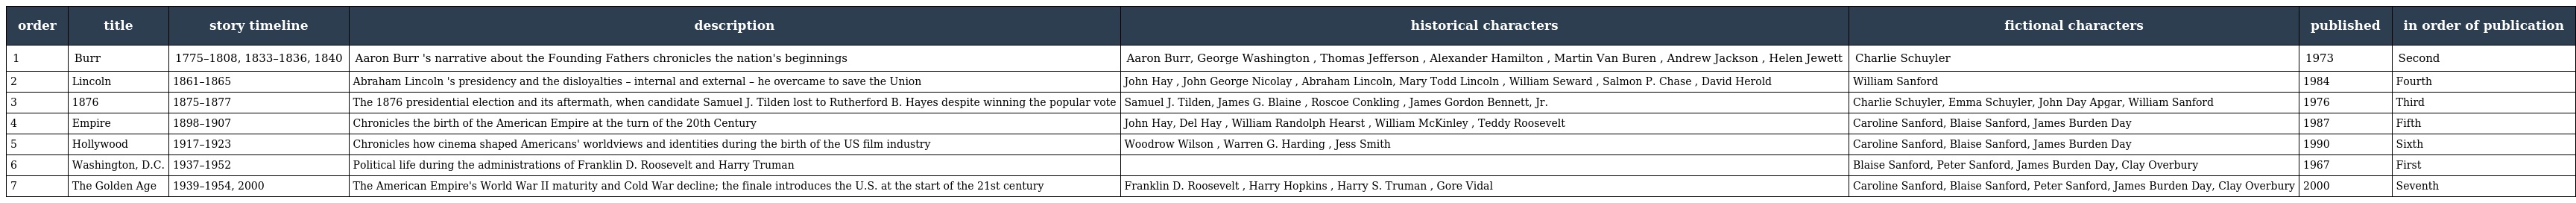
| order | title | story timeline | description | historical characters | fictional characters | published | in order of publication |
 | --- | --- | --- | --- | --- | --- | --- | --- |
 | 1 | Burr | 1775–1808, 1833–1836, 1840 | Aaron Burr 's narrative about the Founding Fathers chronicles the nation's beginnings | Aaron Burr, George Washington , Thomas Jefferson , Alexander Hamilton , Martin Van Buren , Andrew Jackson , Helen Jewett | Charlie Schuyler | 1973 | Second |
 | 2 | Lincoln | 1861–1865 | Abraham Lincoln 's presidency and the disloyalties – internal and external – he overcame to save the Union | John Hay , John George Nicolay , Abraham Lincoln, Mary Todd Lincoln , William Seward , Salmon P. Chase , David Herold | William Sanford | 1984 | Fourth |
 | 3 | 1876 | 1875–1877 | The 1876 presidential election and its aftermath, when candidate Samuel J. Tilden lost to Rutherford B. Hayes despite winning the popular vote | Samuel J. Tilden, James G. Blaine , Roscoe Conkling , James Gordon Bennett, Jr. | Charlie Schuyler, Emma Schuyler, John Day Apgar, William Sanford | 1976 | Third |
 | 4 | Empire | 1898–1907 | Chronicles the birth of the American Empire at the turn of the 20th Century | John Hay, Del Hay , William Randolph Hearst , William McKinley , Teddy Roosevelt | Caroline Sanford, Blaise Sanford, James Burden Day | 1987 | Fifth |
 | 5 | Hollywood | 1917–1923 | Chronicles how cinema shaped Americans' worldviews and identities during the birth of the US film industry | Woodrow Wilson , Warren G. Harding , Jess Smith | Caroline Sanford, Blaise Sanford, James Burden Day | 1990 | Sixth |
 | 6 | Washington, D.C. | 1937–1952 | Political life during the administrations of Franklin D. Roosevelt and Harry Truman |  | Blaise Sanford, Peter Sanford, James Burden Day, Clay Overbury | 1967 | First |
 | 7 | The Golden Age | 1939–1954, 2000 | The American Empire's World War II maturity and Cold War decline; the finale introduces the U.S. at the start of the 21st century | Franklin D. Roosevelt , Harry Hopkins , Harry S. Truman , Gore Vidal | Caroline Sanford, Blaise Sanford, Peter Sanford, James Burden Day, Clay Overbury | 2000 | Seventh |